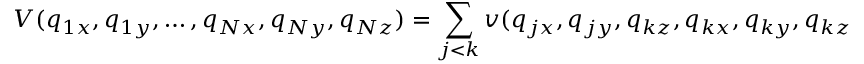
V ( q _ { 1 x } , q _ { 1 y } , \dots , q _ { N x } , q _ { N y } , q _ { N z } ) = \sum _ { j < k } v ( q _ { j x } , q _ { j y } , q _ { k z } , q _ { k x } , q _ { k y } , q _ { k z } ) = \sum _ { j < k } v ( r _ { j k } )